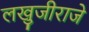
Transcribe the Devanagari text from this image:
लखुजीराजे